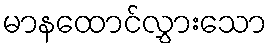
မာနထောင်လွှားသော